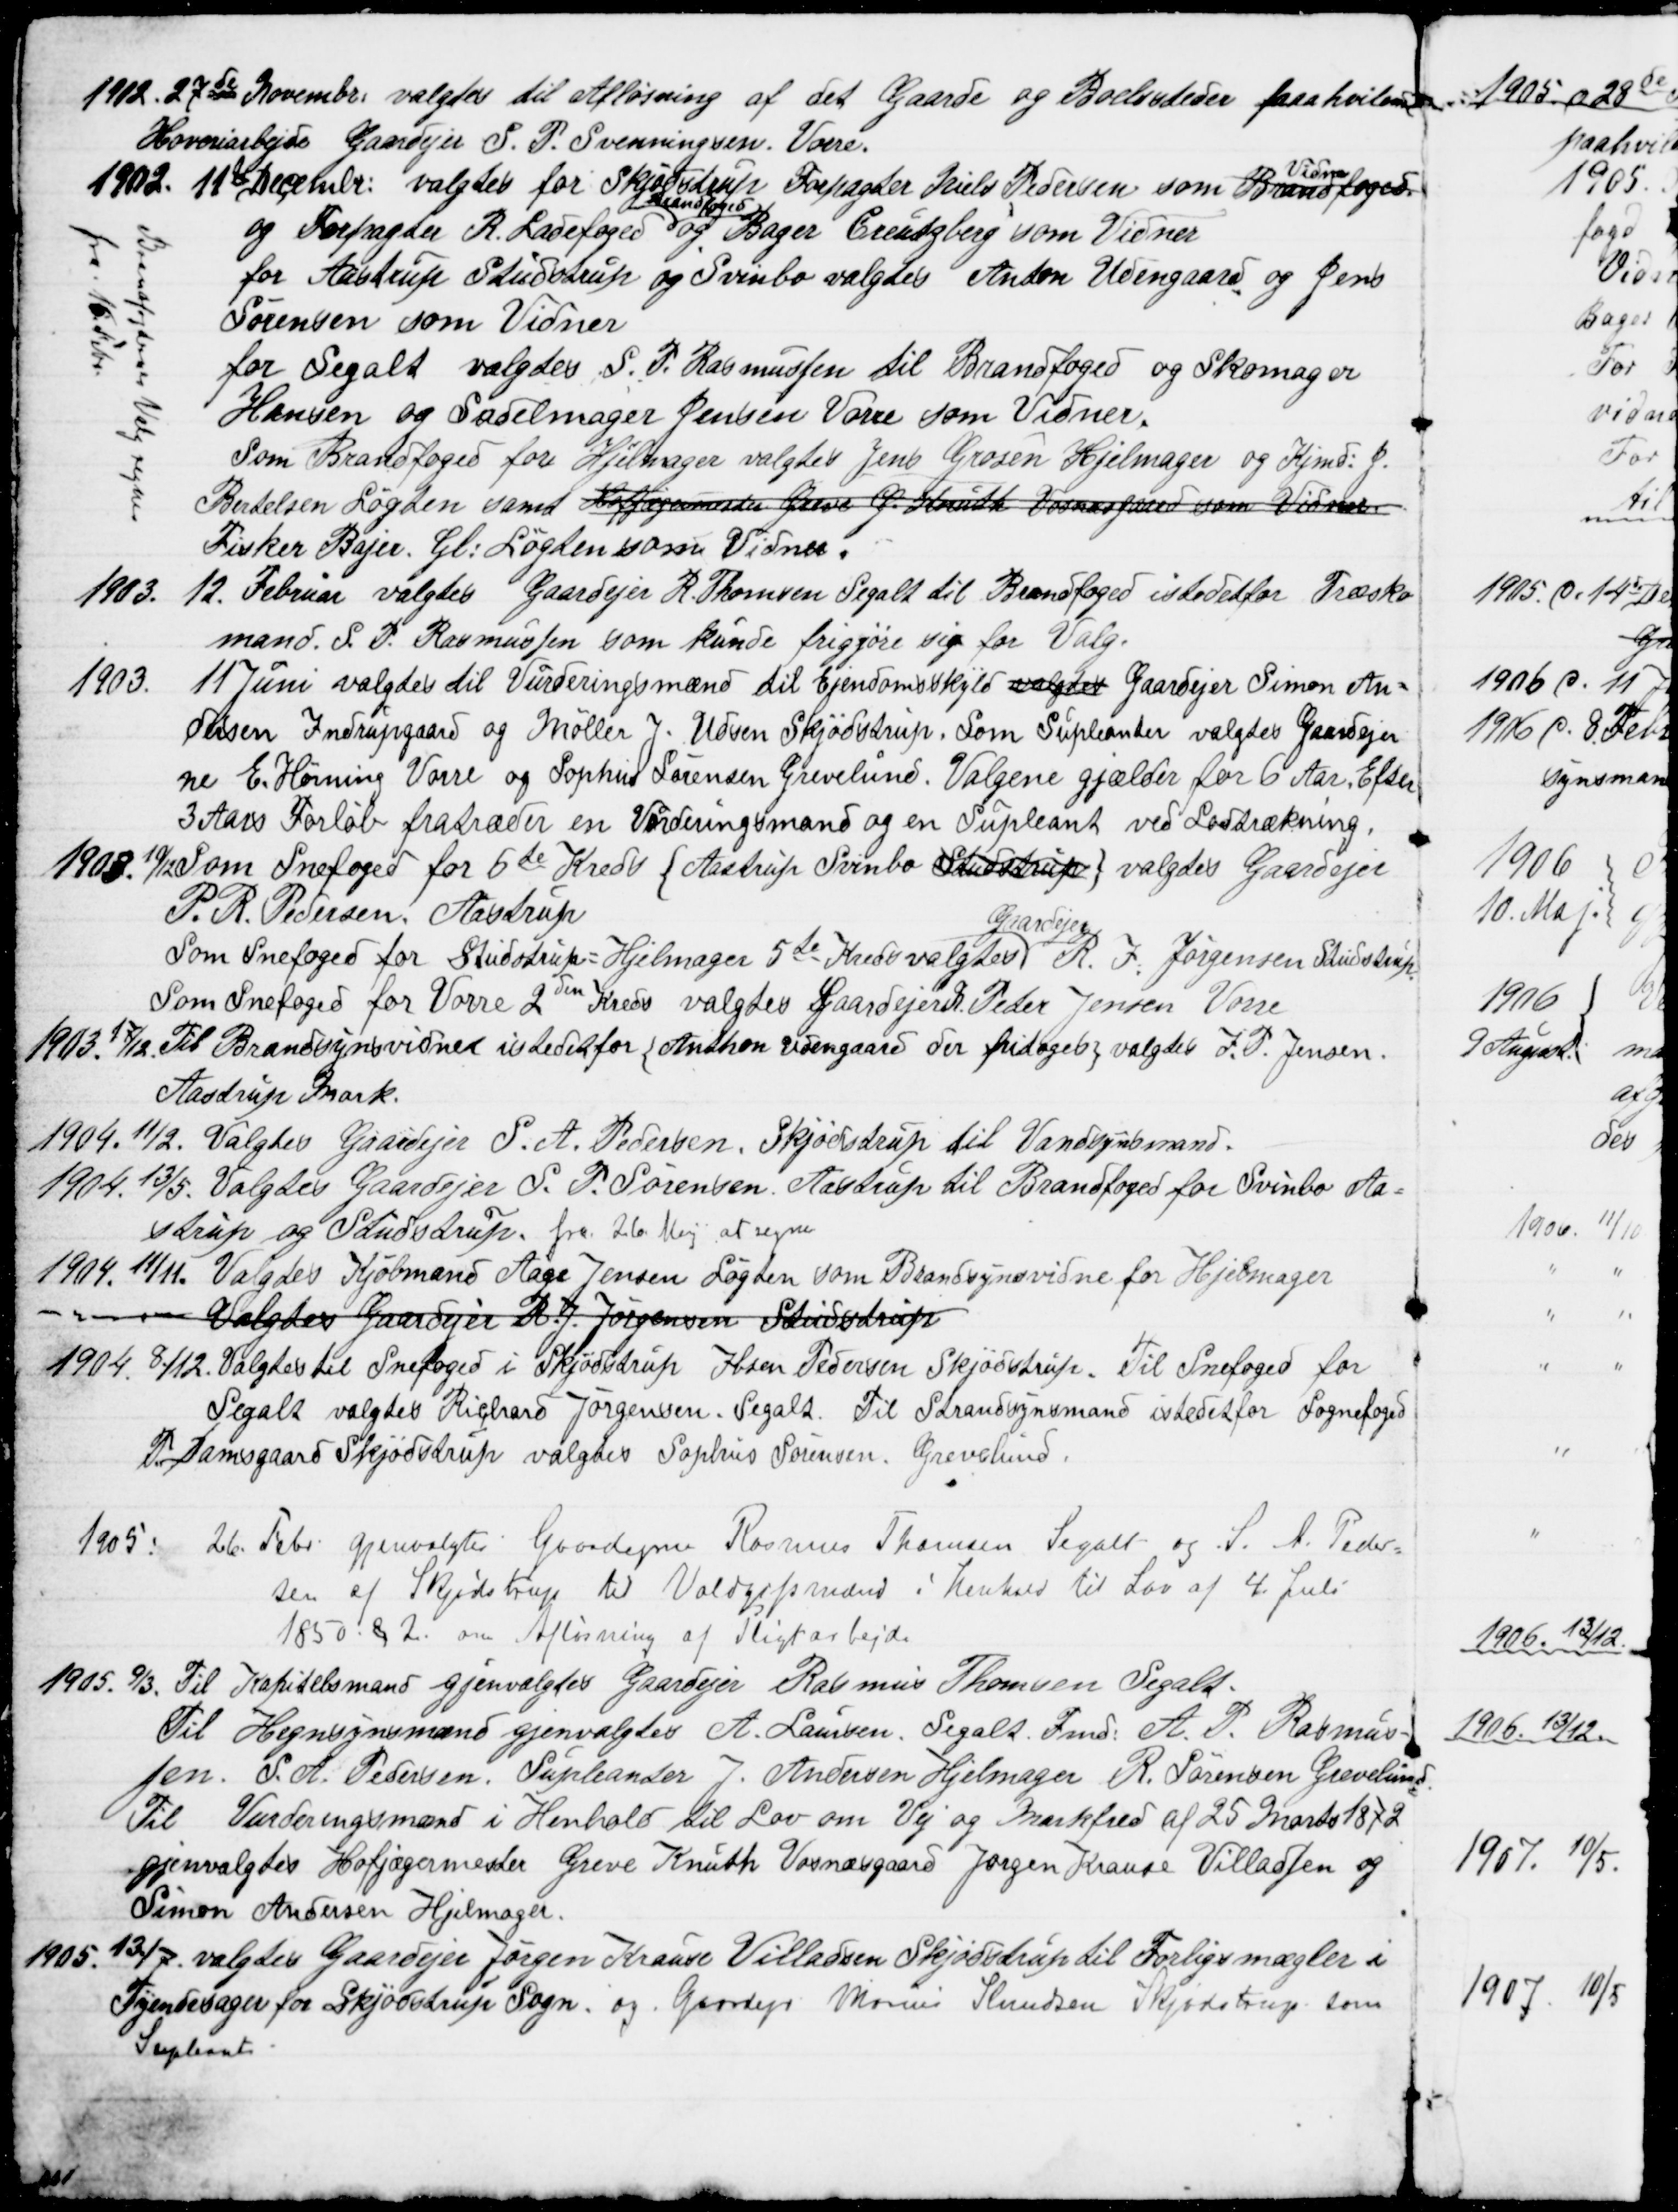
Transskription:
1912. 27de November valgtes til Afløsning af det Gaarde og Boelsteder paahvilende 
Hoveriarbejde Gaardejer S. P. Svenningsen. Vorre.
1902. 11te Decembr: valgtes for Skjødstrup Forpagter Niels Pedersen som Brandfoged
 Vidne
og Forpagter R. Ladefoged 
Brandfoged
og Bager Creutzberg som Vidner
for Aastrup Studstrup og Svinbo valgtes Anton Udengaard og Jens
Sørensen som Vidner
for Segalt valgtes S. P. Rasmussen til Brandfoged og Skomager
Hansen og Sadelmager Jensen Vorre som Vidner.
Som Brandfoged for Hjelmager valgtes Jens Grosen Hjelmager og Kjmd: J.
Bertelsen Løgten samt Hofjægermester Greve G. Knuth Vosnæsgaard som Vidner
Fisker Bajer, Gl: Løgten som Vidner.
Brandfogdernes Valg regnes
fra 16. Febr.
1903.
12. Februar valgtes Gaardejer R. Thomsen Segalt til Brandfoged istedetfor Træsko
mand. S. P. Rasmussen som kunde frigjøre sig for Valg.
1903.
11 Juni valgtes til Vurderingsmænd til Ejendomsskyld valgtes Gaardejer Simon An=
dersen Indrupgaard og Møller J. Udsen Skjødstrup. Som Supleanter valgtes Gaardejer
ne E. Hørning Vorre og Sophus Sørensen Grevelund. Valgene gjælder for 6 Aar. Efter
3 Aars Forløb fratræder en Vurderingsmand og en Supleant ved Lodtrækning.
1908. 10/12 Som Snefoged for 6te Kreds {Aastrup Svinbo Studstrup} valgtes Gaardejer
P. R. Pedersen, Aastrup
Som Snefoged for Studstrup = Hjelmager 5te Kreds valgtes 
Gaardejer
R. F. Jørgensen Studstrup
Som Snefoged for Vorre 2den Kreds valgtes Gaardejer R. Peder Jensen Vorre
1903. 17/12. Til Brandsynsvidne istedet for {Anton Udengaard der fritages}, valgtes J. P. Jensen.
Aastrup Mark.
1904, 11/2. Valgtes Gaardejer S. A. Pedersen, Skjødstrup til Vandsynsmand.
1904. 13/5. Valgtes Gaardejer S. P. Sørensen, Aastrup til Brandfoged for Svinbo Aa=
strup og Studstrup. fra 26 Maj at regne
1904, 11/11. Valgtes Kjøbmand Aage Jensen Løgten som Brandsynsvidne for Hjelmager
Valgtes Gaardejer R. J. Jørgensen, Studstrup
1904. 8/12. Valgtes til Snefoged i Skjødstrup Ibsen Pedersen Skjødstrup. Til Snefoged for
Segalt valgtes Richard Jørgensen, Segalt. Til Strandsynsmand istedet for Sognefoged
P. Damsgaard Skjødstrup valgtes Sophus Sørensen, Grevelund.
1905.
26. Febr. Gjenvalgtes Gaardejerne Rasmus Thomsen Segalt og S. A. Peder=
sen af Skjødstrup til Voldgiftsmænd i Henhold til Lov af 4. Juli
1850 § 2 om Afløsning af Pligtarbejde
1905. 9/3. Til Kapitelsmand gjenvalgtes Gaardejer Rasmus Thomsen Segalt.
Til Hegnsynsmænd gjenvalgtes A. Laursen, Segalt. Fmd. A. P. Rasmus=
sen. S. A. Pedersen, Supleanter J. Andersen Hjelmager R. Sørensen Grevelund.
Til Vurderingsmænd i Henhold til Lov om Vej og Markfred af 25 Marts 1872
gjenvalgtes Hofjægermester Greve Knuth Vosnæsgaard Jørgen Krause Villadsen og
Simon Andersen Hjelmager.
1905. 13/7. valgtes Gaardejer Jørgen Krause Villadsen Skjødstrup til Forligsmægler i 
Tyendesager for Skjødstrup Sogn. og Gaardejer Marius Knudsen Skjødstrup som
Supleant.